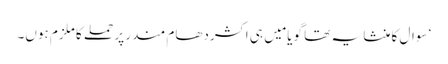
‘ سوال کا منشا یہ تھا گویا مَیں ہی اکشردھام مندر پر حملے کا ملزم ہوں۔